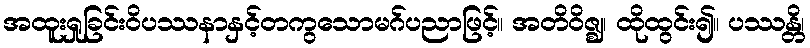
အထူးရှုခြင်းဝိပဿနာနှင့်တကွသောမဂ်ပညာဖြင့်။ အတိဝိဇ္ဈ၊ ထိုထွင်း၍။ ပဿန္တိ၊